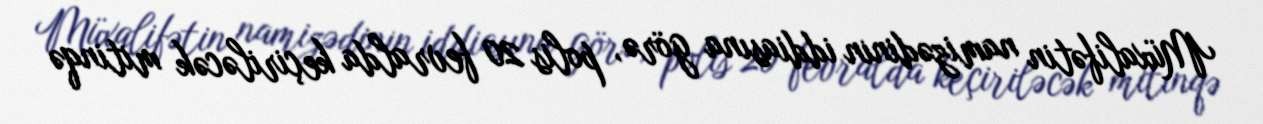
Müxalifətin namizədinin iddiasına görə, polis 20 fevralda keçiriləcək mitinqə